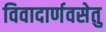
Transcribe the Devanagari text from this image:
विवादार्णवसेतु